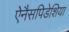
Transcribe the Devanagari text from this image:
ऐनैसपिडेशिया